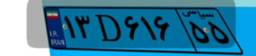
۱۳D۶۱۶۵۵